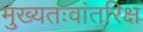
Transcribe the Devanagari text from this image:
मुख्‍यतःवांतरिक्ष